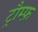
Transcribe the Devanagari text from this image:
ट्रौम्फ़